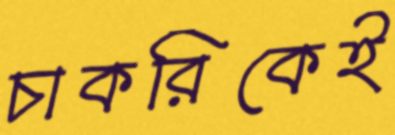
চাকরিকেই